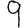
Digit: 9